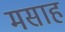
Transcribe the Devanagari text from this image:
मसाह